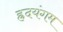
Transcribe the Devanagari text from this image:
ह्रदयंगम